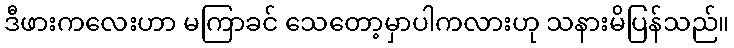
ဒီဖားကလေးဟာ မကြာခင် သေတော့မှာပါကလားဟု သနားမိပြန်သည်။